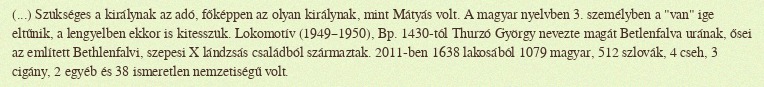
(...) Szükséges a királynak az adó, főképpen az olyan királynak, mint Mátyás volt. A magyar nyelvben 3. személyben a "van" ige eltűnik, a lengyelben ekkor is kitesszük. Lokomotív (1949–1950), Bp. 1430-tól Thurzó György nevezte magát Betlenfalva urának, ősei az említett Bethlenfalvi, szepesi X lándzsás családból származtak. 2011-ben 1638 lakosából 1079 magyar, 512 szlovák, 4 cseh, 3 cigány, 2 egyéb és 38 ismeretlen nemzetiségű volt.